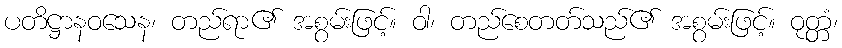
ပတိဋ္ဌာနဝသေန၊ တည်ရာ၏ အစွမ်းဖြင့်။ ဝါ၊ တည်စေတတ်သည်၏ အစွမ်းဖြင့်။ ဝုတ္တံ၊